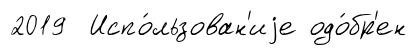
2019 Испо́льзован'иjе одо́бр'ен